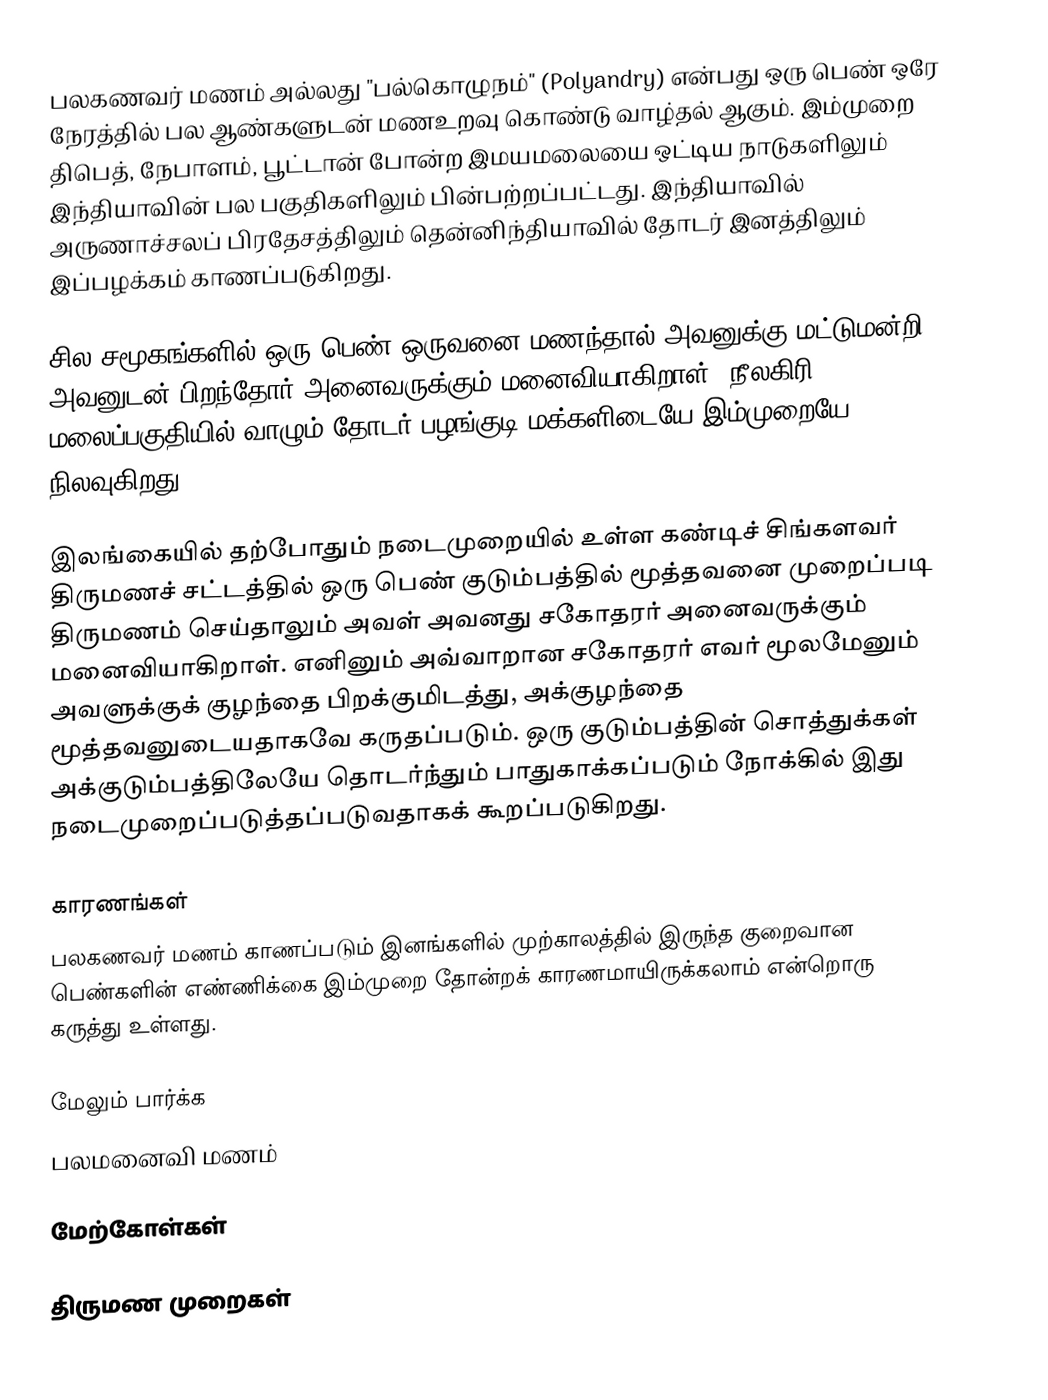
பலகணவர் மணம் அல்லது "பல்கொழுநம்" (Polyandry) என்பது ஒரு பெண் ஒரே நேரத்தில் பல ஆண்களுடன் மணஉறவு கொண்டு வாழ்தல் ஆகும். இம்முறை திபெத், நேபாளம், பூட்டான் போன்ற இமயமலையை ஒட்டிய நாடுகளிலும் இந்தியாவின் பல பகுதிகளிலும் பின்பற்றப்பட்டது. இந்தியாவில் அருணாச்சலப் பிரதேசத்திலும் தென்னிந்தியாவில் தோடர் இனத்திலும் இப்பழக்கம் காணப்படுகிறது.

சில சமூகங்களில் ஒரு பெண் ஒருவனை மணந்தால் அவனுக்கு மட்டுமன்றி அவனுடன் பிறந்தோர் அனைவருக்கும் மனைவியாகிறாள். நீலகிரி மலைப்பகுதியில் வாழும் தோடர் பழங்குடி மக்களிடையே இம்முறையே நிலவுகிறது.

இலங்கையில் தற்போதும் நடைமுறையில் உள்ள கண்டிச் சிங்களவர் திருமணச் சட்டத்தில் ஒரு பெண் குடும்பத்தில் மூத்தவனை முறைப்படி திருமணம் செய்தாலும் அவள் அவனது சகோதரர் அனைவருக்கும் மனைவியாகிறாள். எனினும் அவ்வாறான சகோதரர் எவர் மூலமேனும் அவளுக்குக் குழந்தை பிறக்குமிடத்து, அக்குழந்தை மூத்தவனுடையதாகவே கருதப்படும். ஒரு குடும்பத்தின் சொத்துக்கள் அக்குடும்பத்திலேயே தொடர்ந்தும் பாதுகாக்கப்படும் நோக்கில் இது நடைமுறைப்படுத்தப்படுவதாகக் கூறப்படுகிறது.

காரணங்கள்
பலகணவர் மணம் காணப்படும் இனங்களில் முற்காலத்தில் இருந்த குறைவான பெண்களின் எண்ணிக்கை இம்முறை தோன்றக் காரணமாயிருக்கலாம் என்றொரு கருத்து உள்ளது.

மேலும் பார்க்க
 பலமனைவி மணம்

மேற்கோள்கள்

திருமண முறைகள்